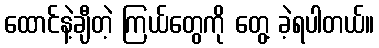
ထောင်နဲ့ချီတဲ့ ကြယ်တွေကို တွေ့ ခဲ့ရပါတယ်။